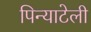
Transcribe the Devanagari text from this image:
पिन्याटेली